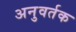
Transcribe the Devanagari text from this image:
अनुवर्तक